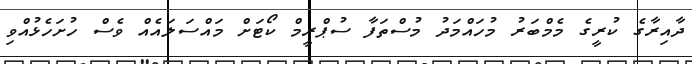
ދާއިރާގެ ކުރީގެ މެމްބަރު މުހައްމަދު މުސްތަފާ ސުޕްރީމް ކޯޓަށް މައްސަލައެއް ވެސް ހުށަހެޅުއްވި